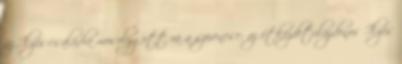
az Ilyés-családra mosolygott rá a szerencse: az étkezdetulajdonos Ilyés